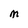
Character: M